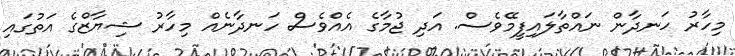
މިހާރު ހަނދާން ނައްތާލައިފީމޭވެސް. އަދި ޖުމާގެ އެއްވެސް ހަނދާނެއް މިހާރު ޝިޔާޒްގެ އަތުގައި